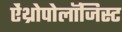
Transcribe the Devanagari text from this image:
ऐंथ्रोपोलॉजिस्ट